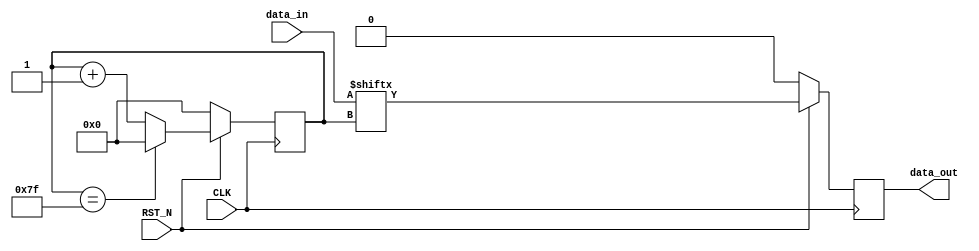
module output_parallel_to_serial #(
    parameter WIDTH_INPUT = 128
)(
    input wire CLK,
    input wire RST_N,
    input wire [(WIDTH_INPUT-1):0] data_in,
    output reg data_out
);

    // A Demux is used to select the correct output
    // From the data_in and pass it to the data_out
    reg[$clog2(WIDTH_INPUT):0] bit_select;

    always @(posedge CLK) begin
        if (~RST_N) begin
            bit_select <= 0;
            data_out <= 0;
        end else begin
            if(bit_select == WIDTH_INPUT-1) begin
                bit_select <= 0;
            end else begin
                bit_select <= bit_select + 1;
            end
            data_out <= data_in[bit_select];
        end
    end
endmodule